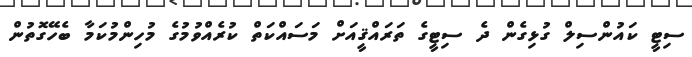
ސިޓީ ކައުންސިލް ގުޅިގެން ދެ ސިޓީގެ ތަރައްޤީއަށް މަސައްކަތް ކުރެއްވުމުގެ މުހިންމުކަމާ ބެހޭގޮތުން